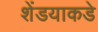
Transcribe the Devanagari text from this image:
शेंडयाकडे